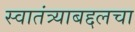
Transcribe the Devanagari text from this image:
स्वातंत्र्याबद्दलचा